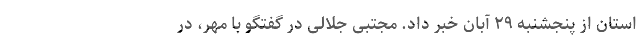
استان از پنجشنبه ۲۹ آبان خبر داد. مجتبی جلالی در گفتگو با مهر، در